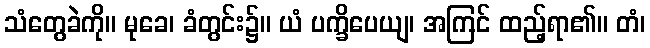
သံတွေခဲကို။ မုခေ၊ ခံတွင်း၌။ ယံ ပက္ခိပေယျ၊ အကြင် ထည့်ရာ၏။ တံ၊